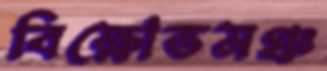
বিক্ষোভমঞ্চ